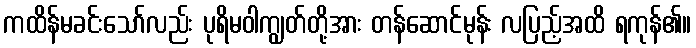
ကထိန်မခင်းသော်လည်း ပုရိမဝါကျွတ်တို့အား တန်ဆောင်မုန်း လပြည့်အထိ ရကုန်၏။